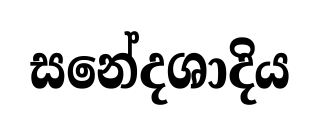
සනේදශාදිය